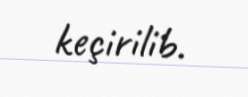
keçirilib.